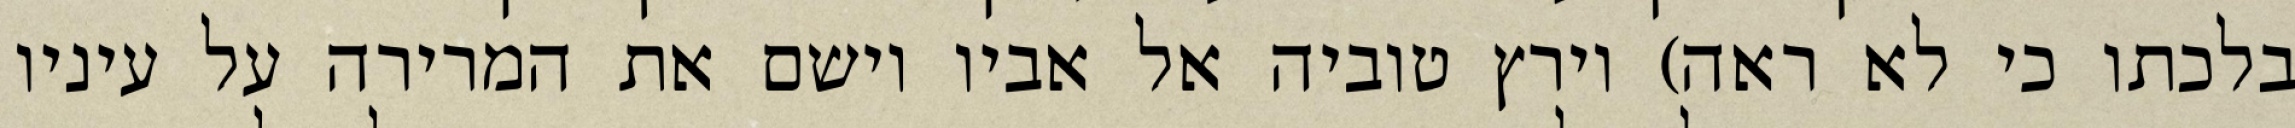
בלכתו כי לא ראה) וירץ טוביה אל אביו וישם את המרירה על עיניו